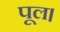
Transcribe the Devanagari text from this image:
पूल।